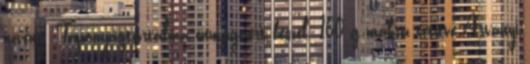
növény. Tápanyagtartalma önmagáért beszél. 100 g mákra vetítve Ásványi